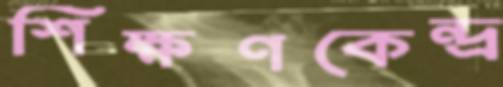
শিক্ষণকেন্দ্র